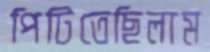
পিটিতেছিলাম